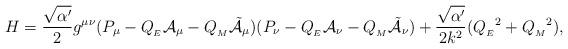
LaTeX: \begin{align*}H = \frac{\sqrt{\alpha^\prime}}{2}g^{\mu \nu}(P_\mu - Q_{_{E}}{\cal A}_\mu - Q_{_{M}}{\tilde{\cal A}}_\mu)(P_\nu - Q_{_{E}}{\cal A}_\nu - Q_{_{M}}{\tilde{\cal A}}_\nu) + \frac{\sqrt{\alpha^\prime}}{2k^2}({Q_{_{E}}}^2 + {Q_{_{M}}}^2) ,\end{align*}